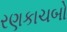
રણકાચબો